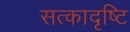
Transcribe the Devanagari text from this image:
सत्कादृष्टि